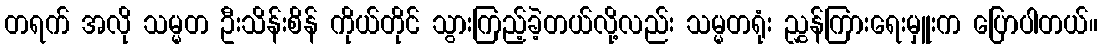
တရက် အလို သမ္မတ ဦးသိန်းစိန် ကိုယ်တိုင် သွားကြည့်ခဲ့တယ်လို့လည်း သမ္မတရုံး ညွှန်ကြားရေးမှူးက ပြောပါတယ်။